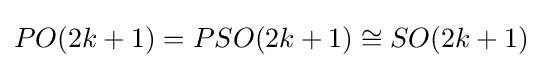
PO(2k+1)=PSO(2k+1)\cong SO(2k+1)